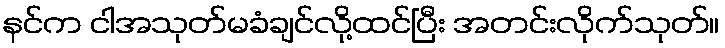
နင်က ငါအသုတ်မခံချင်လို့ထင်ပြီး အတင်းလိုက်သုတ်။